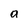
Character: a